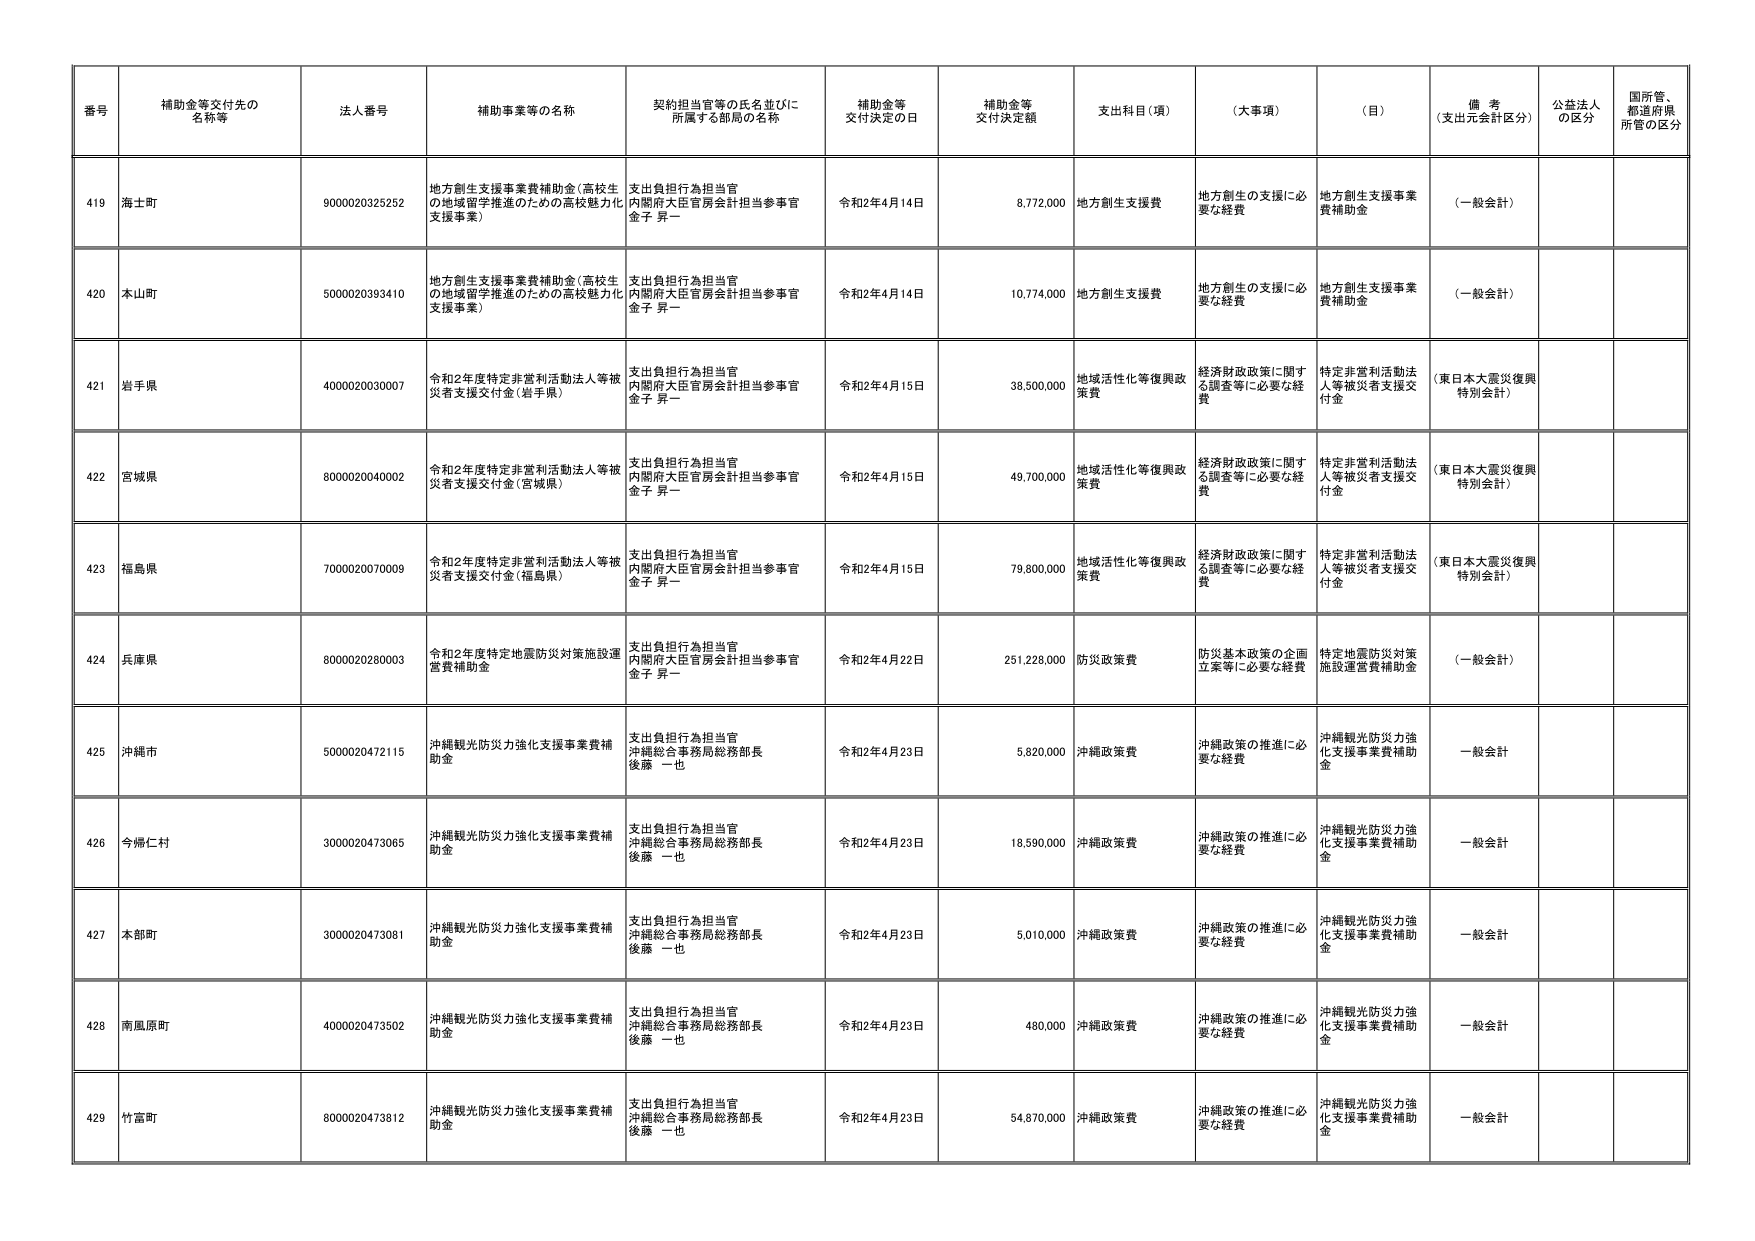
番号 補助金等交付先の名称等 法人番号 補助事業等の名称 契約担当官等の氏名並びに所属する部局の名称 補助金等交付決定の日 補助金等交付決定額 支出科目（項） （大事項） （目） 備考（支出元会計区分） 公益法人の区分 国所管、都道府県所管の区分

419 海士町 9000020325252 地方創生支援事業費補助金（高校生の地域留学推進のための高校魅力化支援事業） 支出負担行為担当官 内閣府大臣官房会計担当参事官 金子 昇一 令和2年4月14日 8,772,000 地方創生支援費 地方創生の支援に必要な経費 地方創生支援事業費補助金 （一般会計）

420 本山町 5000020393410 地方創生支援事業費補助金（高校生の地域留学推進のための高校魅力化支援事業） 支出負担行為担当官 内閣府大臣官房会計担当参事官 金子 昇一 令和2年4月14日 10,774,000 地方創生支援費 地方創生の支援に必要な経費 地方創生支援事業費補助金 （一般会計）

421 岩手県 4000020030007 令和2年度特定非営利活動法人等被災者支援交付金（岩手県） 支出負担行為担当官 内閣府大臣官房会計担当参事官 金子 昇一 令和2年4月15日 38,500,000 地域活性化等復興政策費 経済財政政策に関する調査等に必要な経費 特定非営利活動法人等被災者支援交付金 （東日本大震災復興特別会計）

422 宮城県 8000020040002 令和2年度特定非営利活動法人等被災者支援交付金（宮城県） 支出負担行為担当官 内閣府大臣官房会計担当参事官 金子 昇一 令和2年4月15日 49,700,000 地域活性化等復興政策費 経済財政政策に関する調査等に必要な経費 特定非営利活動法人等被災者支援交付金 （東日本大震災復興特別会計）

423 福島県 7000020070009 令和2年度特定非営利活動法人等被災者支援交付金（福島県） 支出負担行為担当官 内閣府大臣官房会計担当参事官 金子 昇一 令和2年4月15日 79,800,000 地域活性化等復興政策費 経済財政政策に関する調査等に必要な経費 特定非営利活動法人等被災者支援交付金 （東日本大震災復興特別会計）

424 兵庫県 8000020280003 令和2年度特定地震防災対策施設運営費補助金 支出負担行為担当官 内閣府大臣官房会計担当参事官 金子 昇一 令和2年4月22日 251,228,000 防災政策費 防災基本政策の企画立案等に必要な経費 特定地震防災対策施設運営費補助金 （一般会計）

425 沖縄市 5000020472115 沖縄観光防災力強化支援事業費補助金 支出負担行為担当官 沖縄総合事務局総務部長 後藤 一也 令和2年4月23日 5,820,000 沖縄政策費 沖縄政策の推進に必要な経費 沖縄観光防災力強化支援事業費補助金 一般会計

426 今帰仁村 3000020473065 沖縄観光防災力強化支援事業費補助金 支出負担行為担当官 沖縄総合事務局総務部長 後藤 一也 令和2年4月23日 18,590,000 沖縄政策費 沖縄政策の推進に必要な経費 沖縄観光防災力強化支援事業費補助金 一般会計

427 本部町 3000020473081 沖縄観光防災力強化支援事業費補助金 支出負担行為担当官 沖縄総合事務局総務部長 後藤 一也 令和2年4月23日 5,010,000 沖縄政策費 沖縄政策の推進に必要な経費 沖縄観光防災力強化支援事業費補助金 一般会計

428 南風原町 4000020473502 沖縄観光防災力強化支援事業費補助金 支出負担行為担当官 沖縄総合事務局総務部長 後藤 一也 令和2年4月23日 480,000 沖縄政策費 沖縄政策の推進に必要な経費 沖縄観光防災力強化支援事業費補助金 一般会計

429 竹富町 8000020473812 沖縄観光防災力強化支援事業費補助金 支出負担行為担当官 沖縄総合事務局総務部長 後藤 一也 令和2年4月23日 54,870,000 沖縄政策費 沖縄政策の推進に必要な経費 沖縄観光防災力強化支援事業費補助金 一般会計